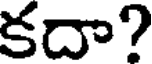
కదా?